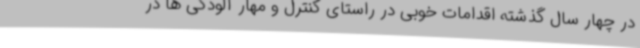
در چهار سال گذشته اقدامات خوبی در راستای کنترل و مهار آلودگی ها در